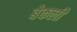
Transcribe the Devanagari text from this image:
बेकली